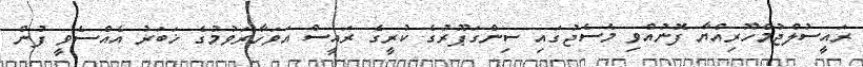
ރައީސުލްޖުމްހޫރިއްޔާ ފޮނުއްވި މެސެޖުގައި ސިންގަޕޫރުގެ ކުރީގެ ރައީސް އަވަހާރަވުމުގެ ޚަބަރު އެއްސެވީ ފުން